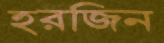
হরজিন